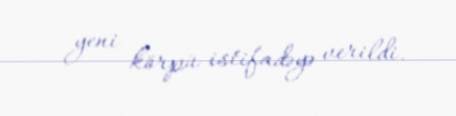
yeni körpü istifadəyə verildi.